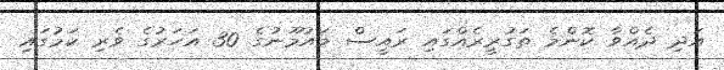
އަދި ދެއްވާ ކޮންމެ ތަގުރީރެއްގައި ރައީސް މައުމޫނުގެ 30 އަހަރުގެ ވެރި ކަމުގައި